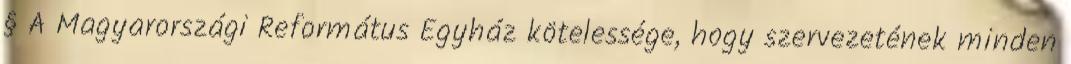
§ A Magyarországi Református Egyház kötelessége, hogy szervezetének minden